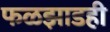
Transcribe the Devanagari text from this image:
फळझाडही